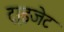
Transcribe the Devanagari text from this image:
ट्राइजेट